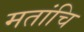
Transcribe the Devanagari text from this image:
मतांचि